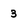
Character: 3